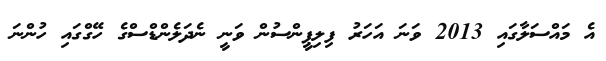
އެ މައްސަލާގައި 2013 ވަނަ އަހަރު ފިލިޕީންސުން ވަނީ ނެދަލެންޑްސްގެ ހޭގްގައި ހުންނަ